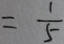
= \frac { 1 } { 5 }